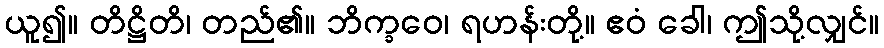
ယူ၍။ တိဋ္ဌိတိ၊ တည်၏။ ဘိက္ခဝေ၊ ရဟန်းတို့။ ဧဝံ ခေါ၊ ဤသို့လျှင်။